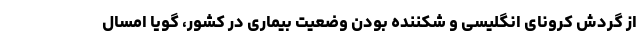
از گردش کرونای انگلیسی و شکننده بودن وضعیت بیماری در کشور، گویا امسال